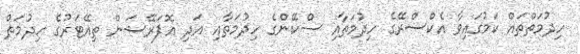
ހިދުމަތްތައް ކަމުގައިވާ އެކްސްރޭގެ ހިދުމަތާއި ސްކޭންގެ ހިދުމަތާއި އަދި އޮޕަރޭޝަން ތިއޭޓަރުގެ ހިދުމަތް